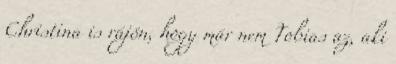
Christina is rájön, hogy már nem Tobias az, aki